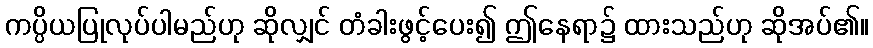
ကပ္ပိယပြုလုပ်ပါမည်ဟု ဆိုလျှင် တံခါးဖွင့်ပေး၍ ဤနေရာ၌ ထားသည်ဟု ဆိုအပ်၏။